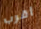
أقرب